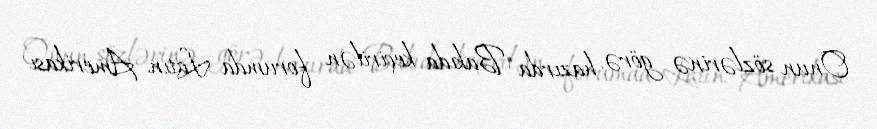
Onun sözlərinə görə, hazırda Bakıda keçirilən forumda Latın Amerikası